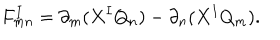
F _ { m n } ^ { I } = \partial _ { m } ( X ^ { I } Q _ { n } ) - \partial _ { n } ( X ^ { I } Q _ { m } ) .